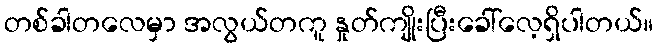
တစ်ခါတလေမှာ အလွယ်တကူ နှုတ်ကျိုးပြီးခေါ်လေ့ရှိပါတယ်။